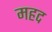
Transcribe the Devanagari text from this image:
महद